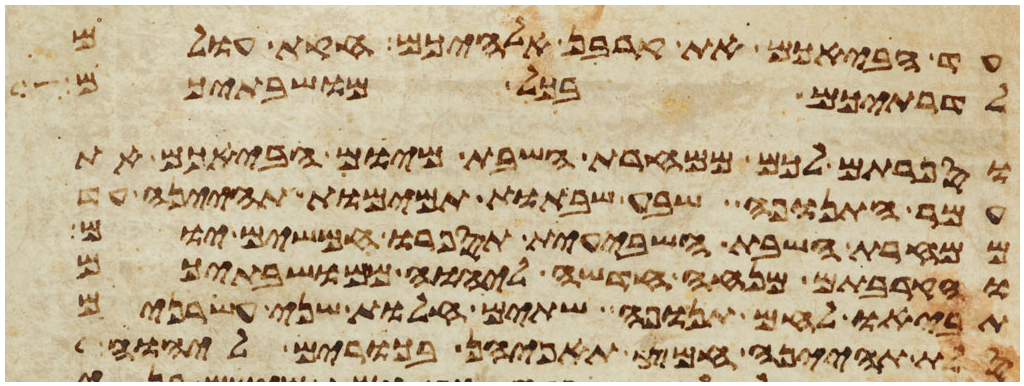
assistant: עד הבאכם את קרבן אלהיכם חקת עולם
לדרתיכם בכל מושבתיכם
וספרתם לכם ממחרת השבת מיום הבאכם את
עמר התנופה שבע שבתות תמימות תהיינה עד
ממחרת השבת השביעית תספרו חמשים יום
והקרבתם מנחה חדשה ליהוה ממושבתיכם
תביאו לחם תנופה שתים חלות שני עשרנים
סלת תהינה חמץ תאפינה בכורים ליהוה